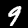
Label: 9